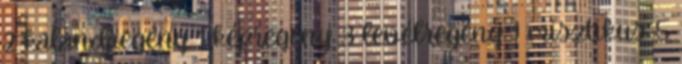
2 kalandregény 1 képregény 3 levélregény 1 misztikus 5